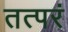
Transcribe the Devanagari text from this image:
तत्परं